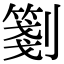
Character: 𠠀